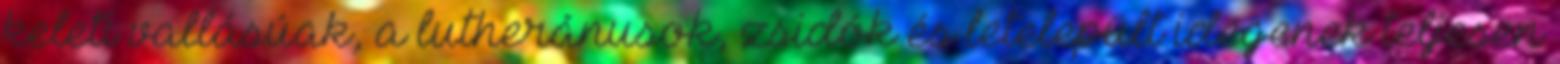
keleti vallásúak, a lutheránusok, zsidók és letelepült idegenek teljesen